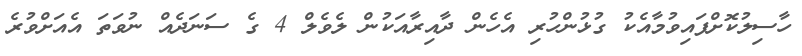
ހާސިލުކޮށްފައިވުމާއެކު ގުޅުންހުރި އެހެން ދާއިރާއަކުން ލެވެލް 4 ގެ ސަނަދެއް ނުވަތަ އެއަށްވުރެ